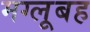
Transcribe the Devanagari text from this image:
मग्लूबह